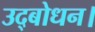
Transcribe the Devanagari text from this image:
उद्बोधन।